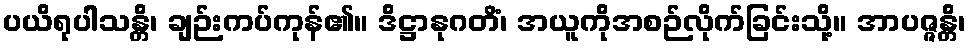
ပယိရုပါသန္တိ၊ ချဉ်းကပ်ကုန်၏။ ဒိဋ္ဌာနုဂတိံ၊ အယူကိုအစဉ်လိုက်ခြင်းသို့။ အာပဇ္ဇန္တိ၊